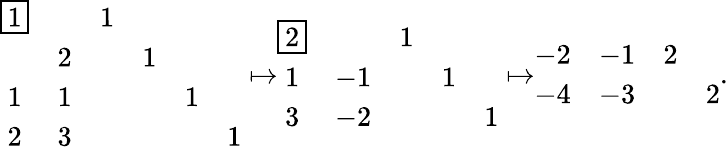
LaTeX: \begin{array}{r}{\begin{array}{cccccc}{\boxed{1}}&&{1}&&&\\ &{2}&&{1}&&\\ {1}&{1}&&&{1}&\\ {2}&{3}&&&&{1}\end{array}\mapsto\begin{array}{ccccc}{\boxed{2}}&&{1}&&\\ {1}&{-1}&&{1}&\\ {3}&{-2}&&&{1}\end{array}\mapsto\begin{array}{cccc}{-2}&{-1}&{2}&\\ {-4}&{-3}&&{2}\end{array}.}\end{array}